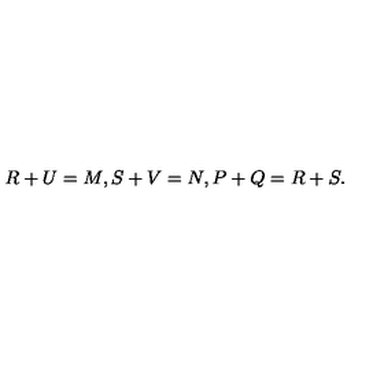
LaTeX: R + U = M , S + V = N , P + Q = R + S .